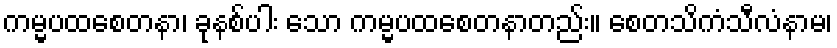
ကမ္မပထစေတနာ၊ ခုနစ်ပါး သော ကမ္မပထစေတနာတည်း။ စေတသိကံသီလံနာမ၊